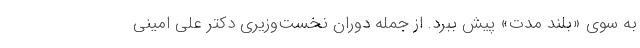
به سوی «بلند مدت» پیش ببرد. از جمله دوران نخست‌وزیری دکتر علی امینی